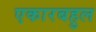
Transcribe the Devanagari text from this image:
एकारबहुल